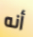
أنه